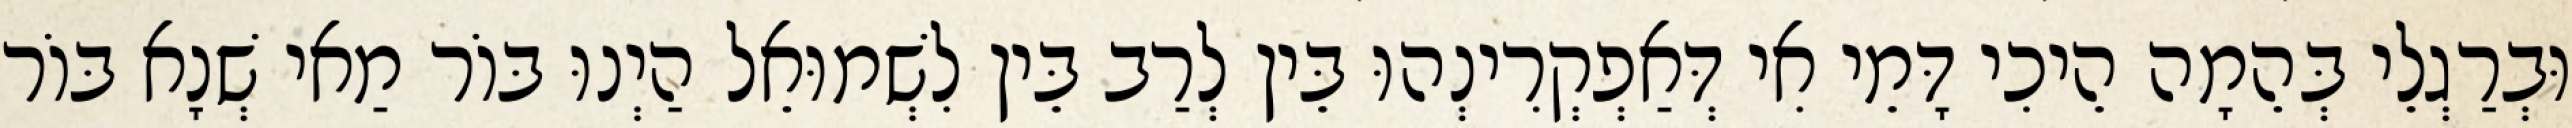
וּבְרַגְלֵי בְּהֵמָה הֵיכִי דָּמֵי אִי דְּאַפְקְרִינְהוּ בֵּין לְרַב בֵּין לִשְׁמוּאֵל הַיְנוּ בּוֹר מַאי שְׁנָא בּוֹר